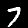
Digit: 7